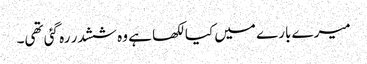
میرے بارے میں کیا لکھا ہے وہ ششدر رہ گئی تھی۔